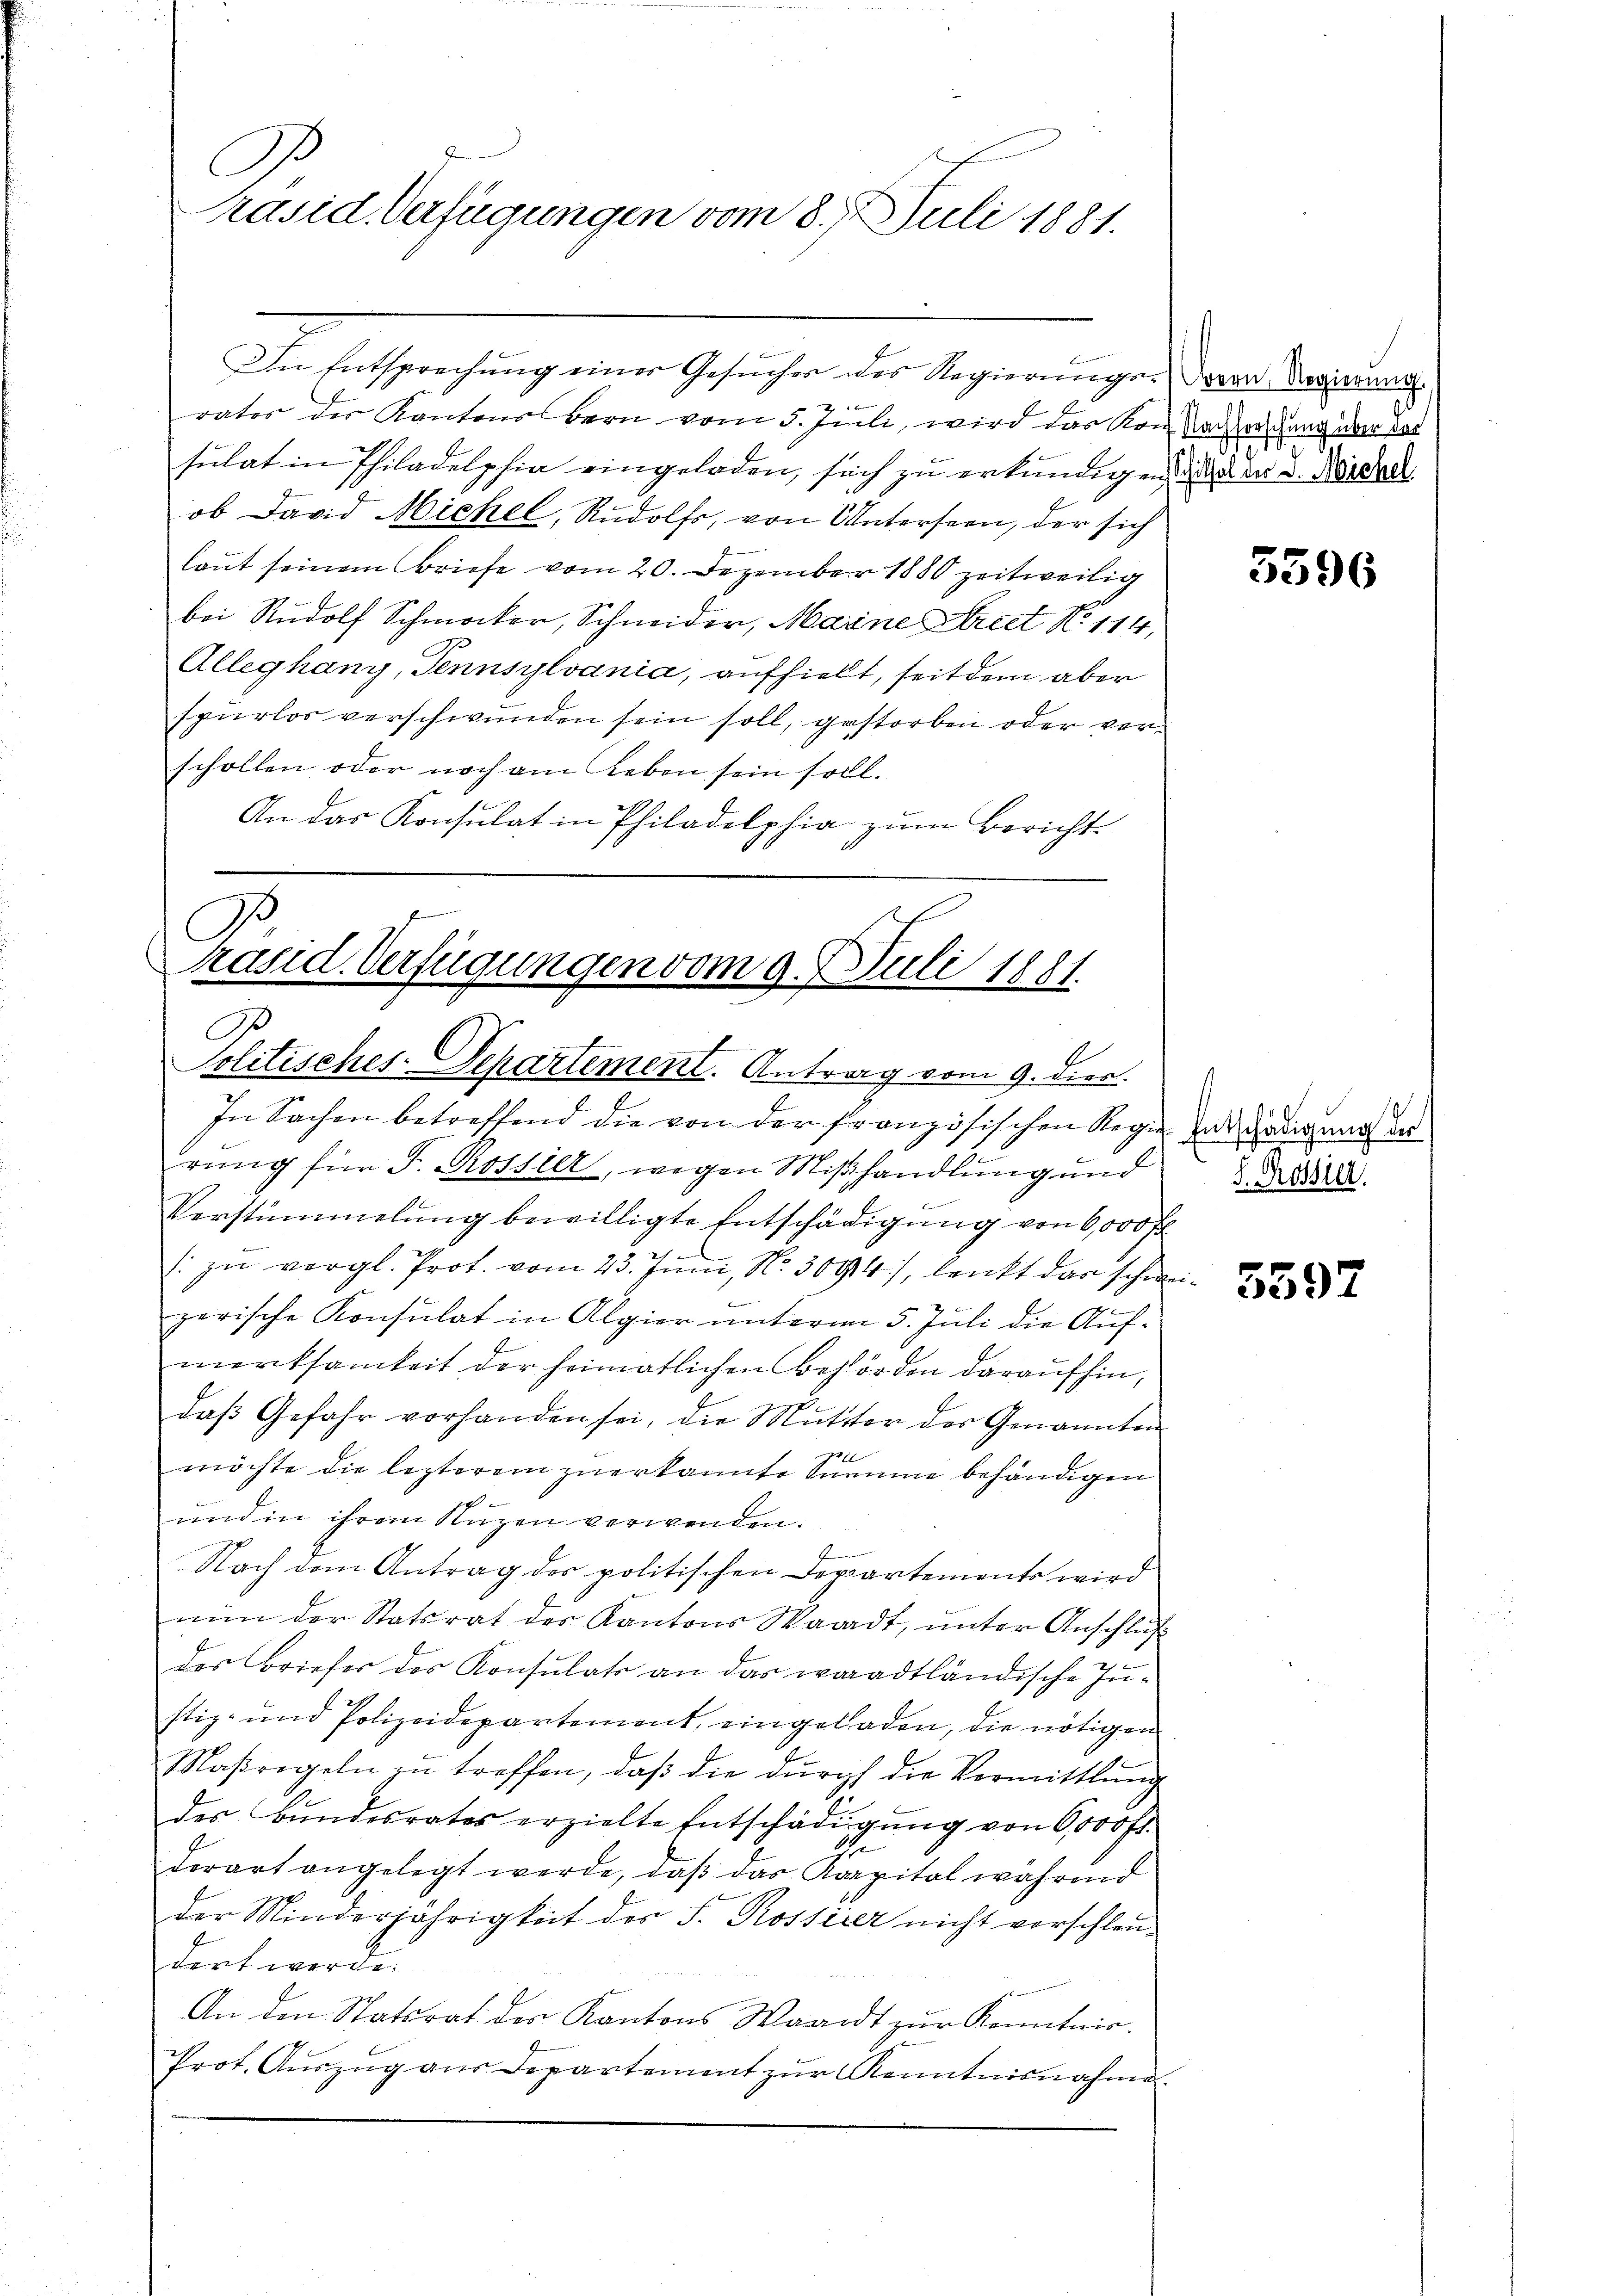
C
Präsid. Verfügungen vom 8. Juli 1881.

In Entsprechung einer Gesucher des Regierungs-
vater der Kantons Bern vom 5. Juli, wird das von Nachterschung über das
sulat in Philadelphia eingeladen, sich zu erkundigen, da er d. Michael
ob David Michel, Rudolf, von Unterseen, der sich
laut seinem Briefe vom 20. Dezember 1880 zeitweilig
bei Rudolf Schmocker, Schneider, Maine Street N. 114,
Alleghang, Tennsylvania, aufhielt, seitdem aber
spurlos verschwunden sein soll, gestorben oder verschollen oder noch am Leben sein soll.
An das Konsulat in Philadelphia zum Bericht

präsid. Verfügungen vom 9. Juli 1881.
D
Politisches-Departement. Antrag vom 9. dies.

In Sachen betreffend die von der französischen Regie zur Hedigung des
rung für F. Rossier, wegen Mißhandlung und
Verstümmelung bewilligte Entschädigung von 6,000 Fr.
: zu vergl. Prot. vom 23. Juni, N. 3094), lenkt das schweizerische Konsulat in Algier unterm 5. Juli die Aufmerksamkeit der heimatlichen Behörden daraufhin,
daβ Gefahr vorhanden sei, die Mutter der Genannten
möchte die lezterem zuerkannte Summe behändigen
und in ihrem Nuzen verwenden.
Nach dem Antrag des politischen Departements wird
nŭn der Statsrat des Kantons Waadt, ŭnter Anschlüß
der Briefer des Konsulats an das waadtländische In-
stiz- und Polizeidepartement, eingeladen, die nötigen
Maßregeln zŭ treffen, daβ die dŭrch die Vermittlung
des Bŭndesrates erzielte Entschädigŭng von 6000 fl.
derart angelegt werde, daβ das Kapital während
der Minderjährigkeit des F. Rossier nicht vorschleudert werde.
An den Statsrat der Kantons Waadt zur Kenntnis.
Prot. Aŭszŭg aŭs Departement zŭr Kenntnisnahme.

Bern, Regierung.

5596

d. Rossier.

5597